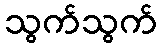
သွက်သွက်